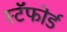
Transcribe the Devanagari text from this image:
स्टॅफोर्ड